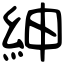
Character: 紳